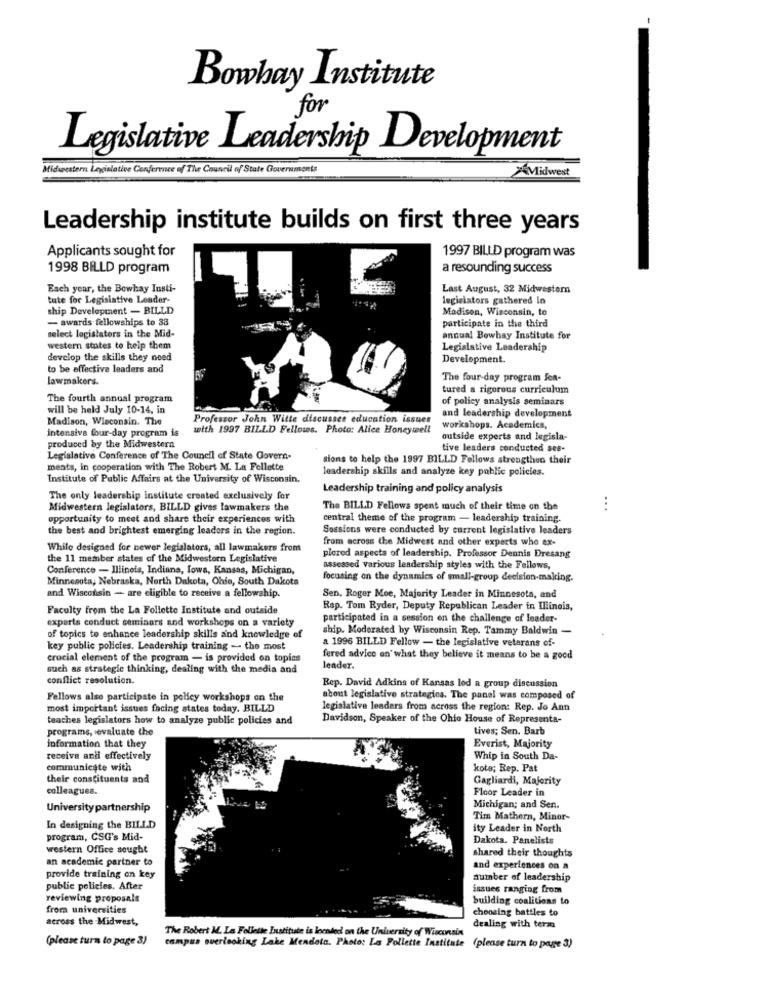
Bowhay Institute
for
Legislative Leadership Development
Midwestern Legislative Conference of The Council of State Governments
Midwest
Leadership institute builds on first three years
Applicants sought for
1997 BILLD program was
1998 BILLD program
a resounding success
Each year, the Bowhay Insti-
Last August, 32 Midwestern
tute for Legisiative Leader-
legislators gathered In
ship Development - BILLD
Madison, Wisconsin, to
- awards fellowships to 38
participate in the third
select legislators in the Mid-
annual Bowhay Institute for
western states to help them
Legislative Leadership
develop the skills they need
Development.
to be effective leaders and
lawmakers.
The four-day program Jon-
tured a rigorous curriculum
The fourth annual program
of policy analysis seminars
will be held July 10-14, in
Madison, Wisconsin. The
Professor John Witte discusses education issues
and leadership development
intensive four-day program is
with 1997 BILLD Fellows. Photo: Alice Honeywell
workshops. Academics,
outside experts and legisla-
produced by the Midwestern
tive leaders conducted ses-
Legislative Conference of The Council of State Govern-
sions to help the 1997 BILLD Fellows strengthen their
ments, in cooperation with The Robert M. La Follette
leadership skills and analyze key public policies.
Institute of Public Affairs at the University of Wisconsin,
Leadership training and policy analysis
The only leadership institute created exclusively for
Midwestern legislators, BILLD gives lawmakers the
The BILLD Fellows spent much of their time on the
...
opportunity to meet and share their experiences with
central theme of the program - leadership training.
the best and brightest emerging leaders in the region.
Sussions were conducted by current legislative leaders
from across the Midwest and other experts who ex-
While designed for newer legislators, all lawmakers from
the 11 member states of the Midwestern Legislative
plerod aspects of leadership. Professor Dennis Dresang
Conference - Illinois, Indiana, Iowa, Kansas, Michigan,
assessed various leadership styles with the Fellows,
Minnesota, Nebraska, North Dakota, Ohio, South Dakota
focusing on the dynamics of small-group decision-making.
and Wisconsin - are eligible to receive a fellowship.
Sen, Roger Moe, Majority Leader in Minnesota, and
Faculty from the La Follette Institute and outside
Rap. Tom Ryder, Deputy Republican Leader in Illinois,
experts conduct seminars and workshops on a variety
participated in a session on the challenge of leader-
ship. Moderated by Wisconsin Rep. Tammy Baldwin -
of topics to enhance leadership skills and knowledge of
a 1996 BILLD Fellow - the legislative veterans of-
key public policies. Leadership training - the most
crucial element of the program - is provided on topics
fered advice on' what they believe it means to be a good
such as strategic thinking, dealing with the media and
leader.
conflict resolution.
Rep. David Adkins of Kansas lod a group discussion
Fellows also participate in polley workshops on the
about legislative strategies. The panel was composed of
most important issues facing states today. BILLD
legislative leaders from across the region: Rep. Jo Ann
teaches legislators how to analyze public policies and
Davidson, Speaker of the Ohio House of Representa-
programs, evaluate the
tives; Sen. Barb
information that they
Everist, Majority
receive anti effectively
Whip in South Da-
communicate with
kota; Rep. Pat
their constituents and
Gagliardi, Majority
colleagues.
Floor Leader in
University partnership
Michigan; and Sen.
Tim Mathern, Minor-
In designing the BILLD
ity Leader in North
program, CSG's Mid-
Dakota, Panelists
western Office sought
shared their thoughts
an academic partner to
and experiences on a
provide training on key
number of leadership
public policies. After
issues ranging from
reviewing proposals
building coalitions to
from universities
choosing battles to
across the Midwest,
The Robert M. La Follette Institute is located on the University of Wisconsin
dealing with term
(please turn to page 3)
campus overlooking Lake Mendota. Photo: La Follette Institute (please turn to page 3)